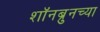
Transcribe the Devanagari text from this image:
शॉनब्रुनच्या